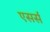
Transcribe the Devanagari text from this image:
एसर्स